Indian Medical Review
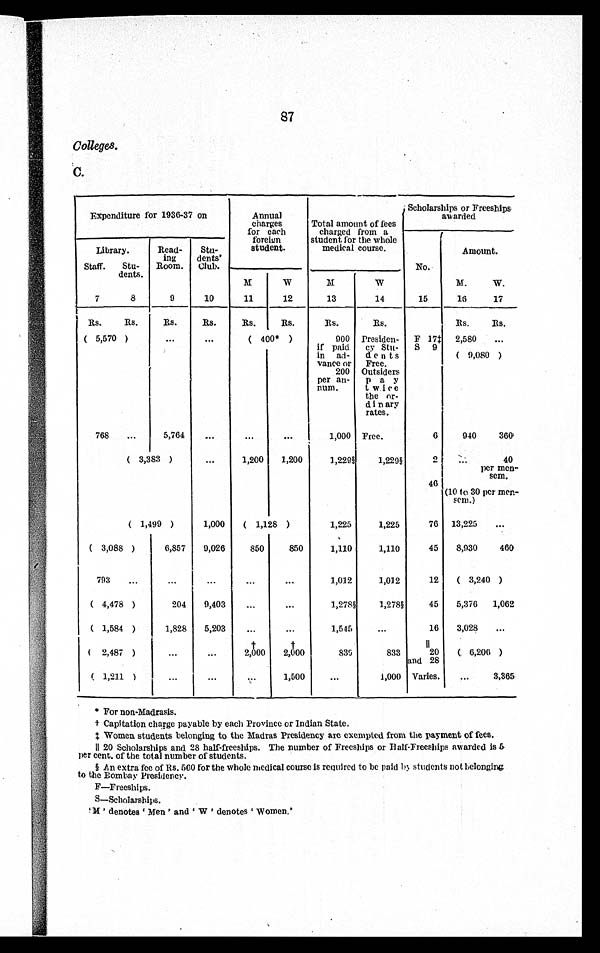
8
7
Colleges.
C.
Expenditure for 1936-37 on
Annual
charges
for each
foreign
student.
Total amount
of fees charged
from a student for the whole
medical course.
Scholarships or Freeships
awarded
No.
Amount.
Library.
Read
ing
Room.
Stu
dents
Club.
Staff. Stu
dents.
M
W
M
W
M.
W.
7
8
9
10
11
12
13
14
15
16
17
Rs.
Rs.
Rs.
Rs.
Rs.
Rs.
Rs.
Rs.
Rs.
Rs.
(5,570)
... ...
(400*)
900
if paid
in ad v a n c e o r
200
per an n u m .
Presiden
cy Stu
dents Free.
Outsiders
pay
twice
the o
rdinary
rates.
F 17* 2,580 ...
S 9 (9,080)
768 ...
5,764
...
...
. .
1,000 Free.
6
940
360
(3,383)
...
1,200 1,200
1,229
1,229
2 ...
40
per men
sera.
46 (10 to 30
per mensera.)
(1,499)
1,000 (1,128)
1,225
1,225
76 13,225 ...
(3,088)
6,857 9,026
850
8 5 0
1,110
1,110
45 8,930
460
793
...
...
...
. . .
1,012
1,012
12 (3,240)
(4,478)
204 9,403
...
. . .
1,2781
1,2781
45 5,376 1,062
(1,584)
1,828 5,203
...
. . .
1,545
...
16 3,028 ...
***
***
11
(6,206)
(2,487)
...
...
2,000 2,000
839
833
20
and 28
(1,211)
...
...
1, 5000
...
1,000 Varies.
...
3,385
* For non-Madrasis.
1- Capitation charge payable by each Province or Indian State.
Women students belonging to the Madras Presidency arc exempted from the payment of fees.
11 20 Scholarships and 28 half-freeships. The number of Freeships or I-I alf-Freeships awarded is 5.
per cent, of the total number of students.
An extra fee of Rs. 560 for the whole medical course is required to be paid students not belonging
to the Bombay Presidency.
F-Freeships.
S-Scholarships.
M denotes Men ' and W ' denotes `Women.'